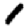
Digit: 1